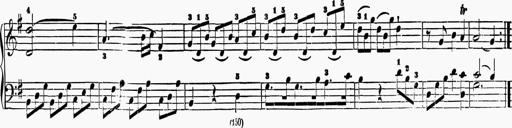
Title: 6 Sonatas
Composer: Muzio Clementi